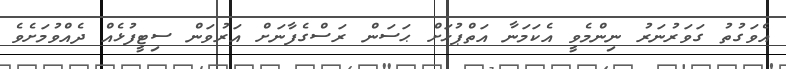
އެވަގުތު ގަވަރުނަރު ނިންމެވީ އެކަމަނާ އަތްޕުޅަށް ޙަސަން ރަސްގެފާނަށް އަރުވަން ސިޓީފުޅެއް ދެއްވުމަށެވެ